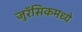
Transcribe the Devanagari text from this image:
जुरॅसिकमध्ये